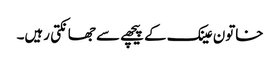
خاتون عینک کے پیچھے سے جھانکتی رہیں۔